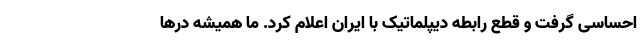
احساسی گرفت و قطع رابطه دیپلماتیک با ایران اعلام کرد. ما همیشه درها